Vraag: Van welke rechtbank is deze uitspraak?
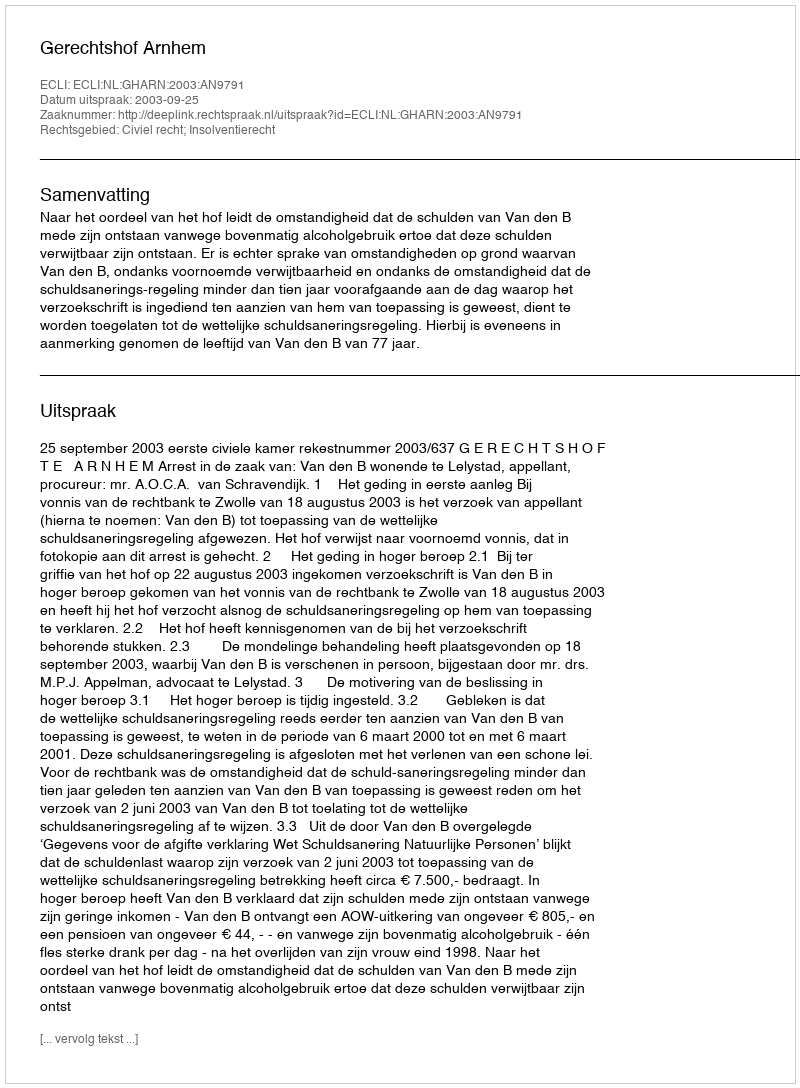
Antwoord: Gerechtshof Arnhem